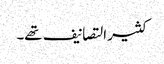
کثیر التصانیف تھے۔